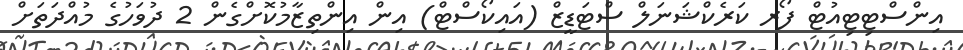
އިންސްޓިޓިއުޓް ފޯރ ކަރެކްޝަނަލް ސްޓަޑީޒް (އައިކޯސްޓް) އިން އިންތިޒާމުކޮށްގެން 2 ދުވަހުގެ މުއްދަތަށް